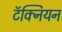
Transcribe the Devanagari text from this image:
टॅक्नियन